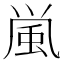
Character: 𩖟